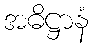
အဓိဋ္ဌာနံ